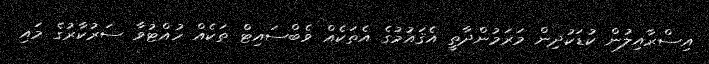
އިސްރާއިލުން ކުޑަކުދިން މަރަމުންދާތީ އެޤައުމުގެ އެތަކެއް ވެބްސައިޓް ތަކެއް ހުއްޓުވާ ސަރުކާރުގެ މައި